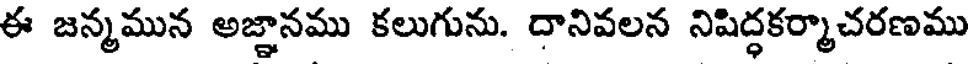
ఈ జన్మమున అజ్ఞానము కలుగును. దానివలన నిషిద్ధకర్మాచరణము